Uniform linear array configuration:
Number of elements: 64
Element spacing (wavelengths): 0.5
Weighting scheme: kaiser
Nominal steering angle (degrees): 30
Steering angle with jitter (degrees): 29.636
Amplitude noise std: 0.05
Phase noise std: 0.05

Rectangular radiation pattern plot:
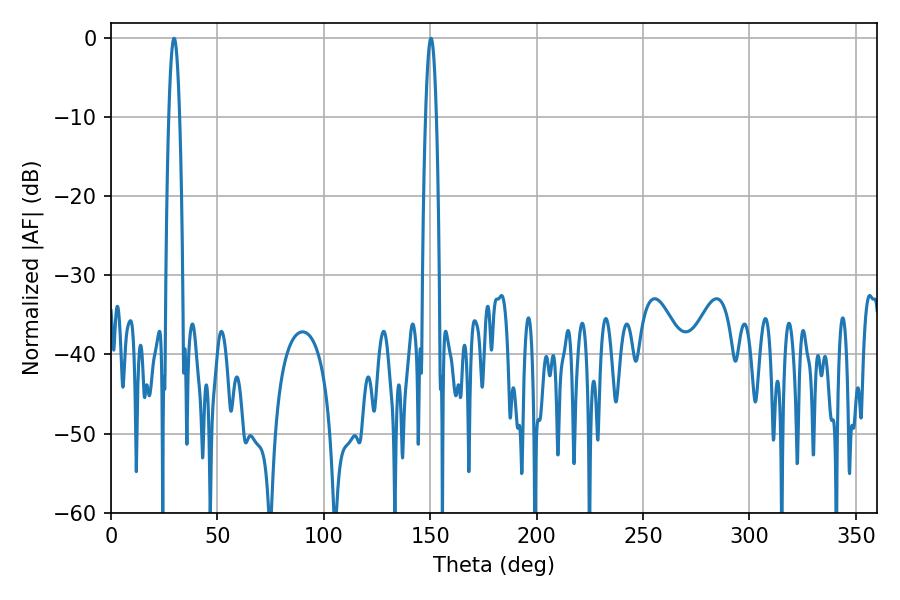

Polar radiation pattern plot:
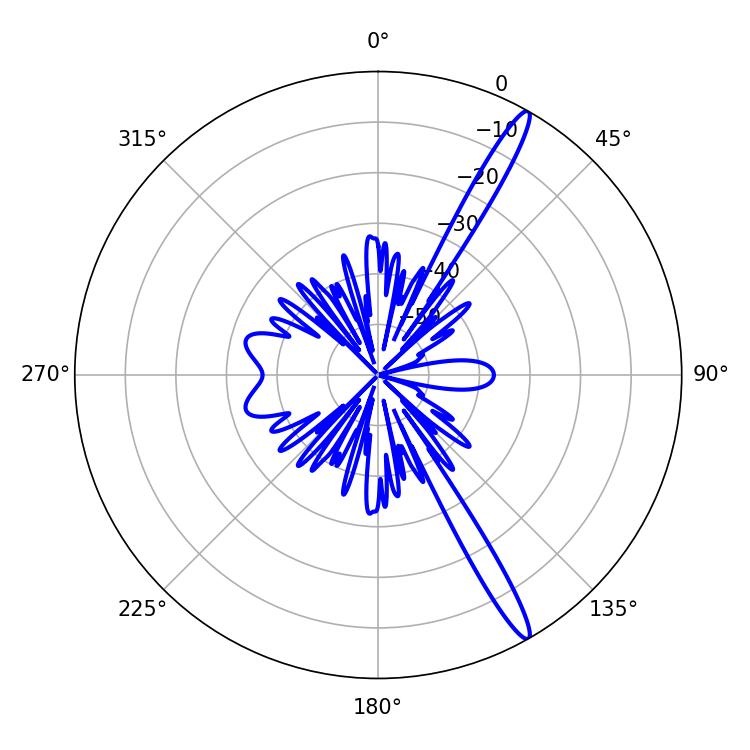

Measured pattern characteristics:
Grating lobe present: FALSE
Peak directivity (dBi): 15.808
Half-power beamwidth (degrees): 2.7
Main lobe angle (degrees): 150.3